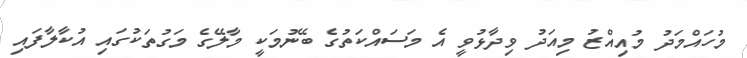
މުހައްމަދު މުއިއްޒު މިއަދު ވިދާޅުވީ އެ މަސައްކަތުގެ ބޭނުމަކީ މާލޭގެ މަގުތަކުގައި އުކާލާފައި